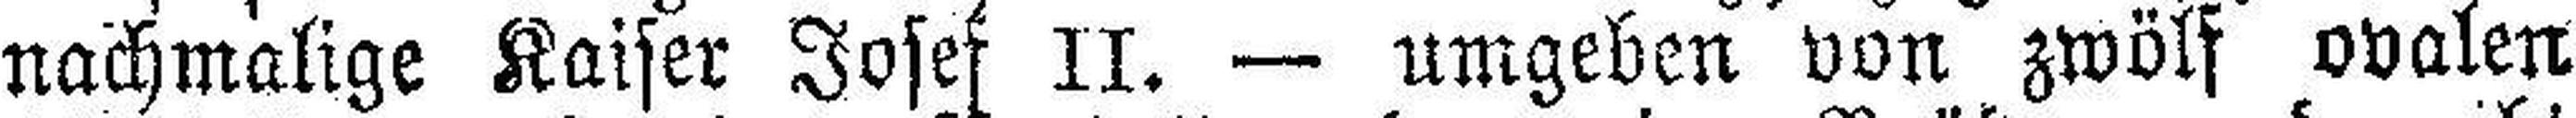
nachmalige Kaiser Josef II. — umgeben von zwölf ovalen